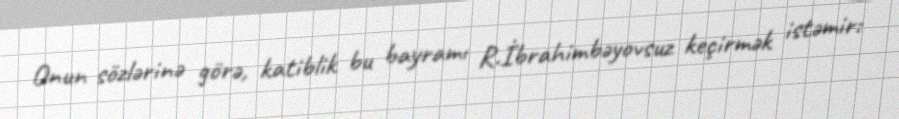
Onun sözlərinə görə, katiblik bu bayramı R.İbrahimbəyovsuz keçirmək istəmir: